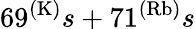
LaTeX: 69^{(\mathrm{K)}}s+71^{(\mathrm{Rb)}}s